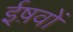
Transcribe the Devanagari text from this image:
ईष़वों